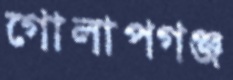
গোলাপগঞ্জ